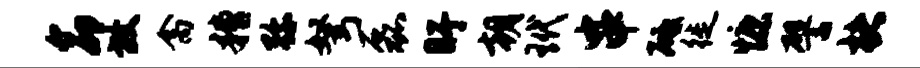
命放禽糟弥弩磊盱朝玳串砥徙慷譬楮